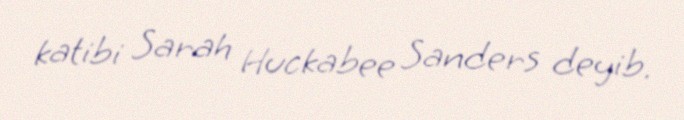
katibi Sarah Huckabee Sanders deyib.